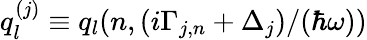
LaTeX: q_{l}^{(j)}\equiv q_{l}(n,{(i\Gamma_{j,n}+\Delta_{j})}/{(\hbar\omega)})